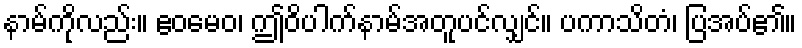
နာမ်ကိုလည်း။ ဧဝမေဝ၊ ဤဝိပါက်နာမ်အတူပင်လျှင်။ ပကာသိတံ၊ ပြအပ်၏။